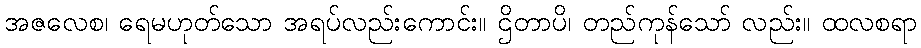
အဇလေစ၊ ရေမဟုတ်သော အရပ်လည်းကောင်း။ ဌိတာပိ၊ တည်ကုန်သော် လည်း။ ထလစရာ